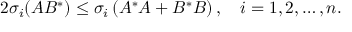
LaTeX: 2 \sigma _ { i } ( A B ^ { * } ) \leq \sigma _ { i } \left( A ^ { * } A + B ^ { * } B \right) , \quad i = 1 , 2 , \ldots , n .